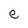
Character: e